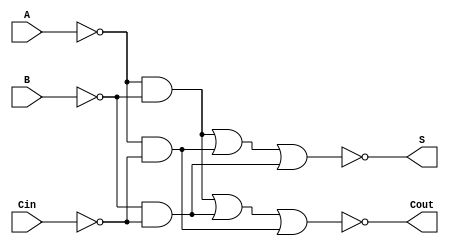
module NegativeCircuitFullAdder (
    input wire A,     // First input bit (active low)
    input wire B,     // Second input bit (active low)
    input wire Cin,   // Carry-in bit (active low)
    output wire S,    // Sum output (active low)
    output wire Cout   // Carry-out output (active low)
);

// Internal signals for intermediate calculations
wire A_n, B_n, Cin_n;
wire sum_temp, carry_temp;

// Invert the inputs for active low logic
assign A_n = ~A; // A_n = NOT A
assign B_n = ~B; // B_n = NOT B
assign Cin_n = ~Cin; // Cin_n = NOT Cin

// Calculate the sum using the XOR function
// S = NOT (A XOR B XOR Cin)
assign sum_temp = (A_n & B_n) | (A_n & Cin_n) | (B_n & Cin_n); // A XOR B XOR Cin
assign S = ~sum_temp; // Active low output for sum

// Calculate the carry-out
// Cout = NOT ((A AND B) OR (B AND Cin) OR (A AND Cin))
assign carry_temp = (A_n & B_n) | (B_n & Cin_n) | (A_n & Cin_n); // (A AND B) OR (B AND Cin) OR (A AND Cin)
assign Cout = ~carry_temp; // Active low output for carry-out

endmodule